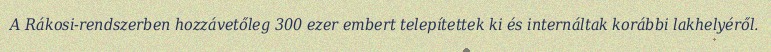
A Rákosi-rendszerben hozzávetőleg 300 ezer embert telepítettek ki és internáltak korábbi lakhelyéről.